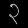
Digit: ၃